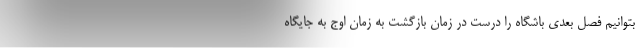
بتوانیم فصل بعدی باشگاه را درست در زمان بازگشت به زمان اوج به جایگاه